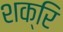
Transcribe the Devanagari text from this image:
शक्रि